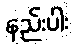
နည်းပါး